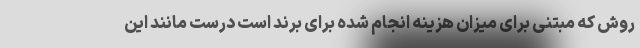
روش که مبتنی برای میزان هزینه انجام شده برای برند است درست مانند این